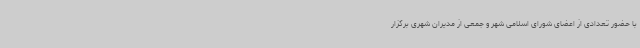
با حضور تعدادی از اعضای شورای اسلامی شهر و جمعی از مدیران شهری برگزار